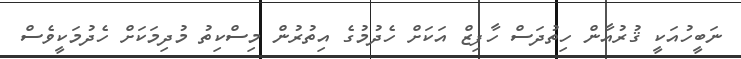
ނަބީހުއަކީ ޤުރުއާން ހިތުދަސް ހާފިޒް އަކަށް ހެދުމުގެ އިތުރުން މިސްކިތު މުދިމަކަށް ހެދުމަކީވެސް